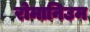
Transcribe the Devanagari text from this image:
रोमानिउम